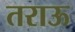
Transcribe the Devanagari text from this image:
तराऊ